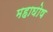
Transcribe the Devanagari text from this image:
महाघोष